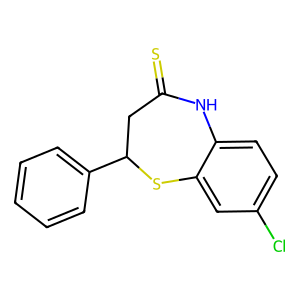
SMILES: S=C1CC(c2ccccc2)Sc2cc(Cl)ccc2N1
Inhibits HIV replication: No